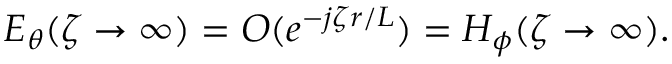
E _ { \theta } ( \zeta \to \infty ) = O ( e ^ { - j \zeta r / L } ) = H _ { \phi } ( \zeta \to \infty ) .